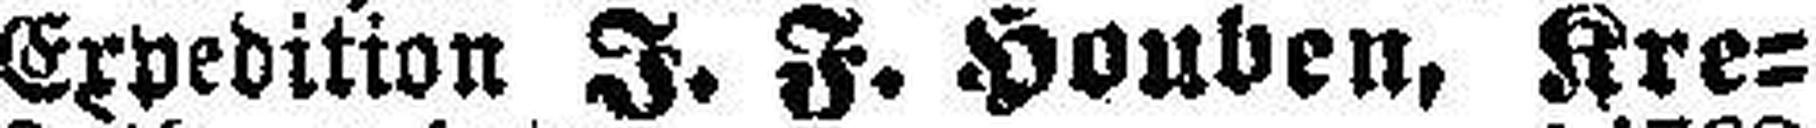
Expedition J. F. Houben, Kre¬